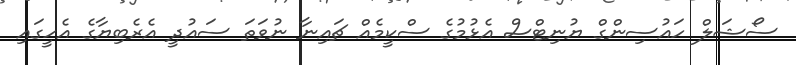
ސޯޝަލް ހައުސިންގް ޔުނިޓްސް އެޅުމުގެ ސްކީމެއް ޗައިނާ ނުވަތަ ސައުދީ އެރެބިޔާގެ އެހީގައި